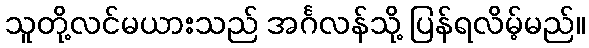
သူတို့လင်မယားသည် အင်္ဂလန်သို့ ပြန်ရလိမ့်မည်။